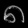
Digit: ၈